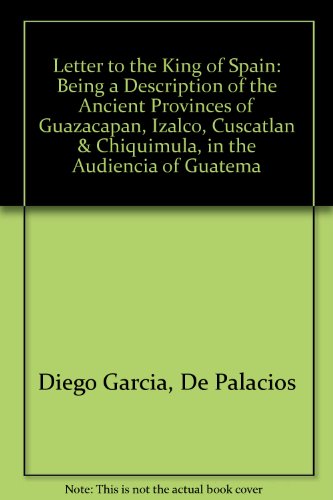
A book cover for Letter to the King of Spain: Being a Description of the Ancient Provinces of Guazacapan, Izalco, Cuscatlan & Chiquimula, in the Audiencia of Guatema; De Palacios Diego Garcia; Travel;